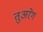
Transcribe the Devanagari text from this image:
तुअरेग